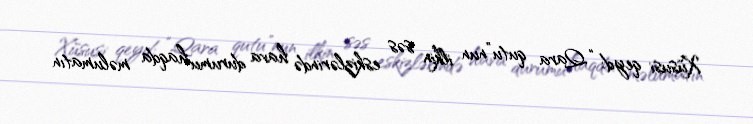
Xüsusi qeyd: “Qara qutu”nun ilkin səs eskizlərində hava durumu haqda məlumatın